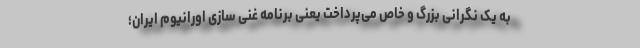
به یک نگرانی بزرگ و خاص می‌پرداخت یعنی برنامه غنی سازی اورانیوم ایران؛